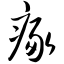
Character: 瘃